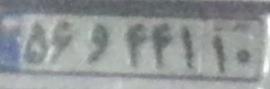
۵۶و۴۴۱۱۰